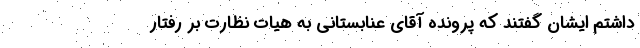
داشتم ایشان گفتند که پرونده آقای عنابستانی به هیات نظارت بر رفتار